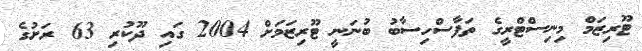
ޓޫރިޒަމް މިނިސްޓްރީގެ ތަފާސްހިސާބު ބުނަނީ ޓޫރިޒަމަށް 2004 ގައި ދޫކުރި 63 ރަށުގެ